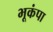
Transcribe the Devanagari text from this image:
भूकंपा